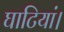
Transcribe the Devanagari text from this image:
घाटियां।